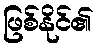
ဖြစ်နိုင်၏